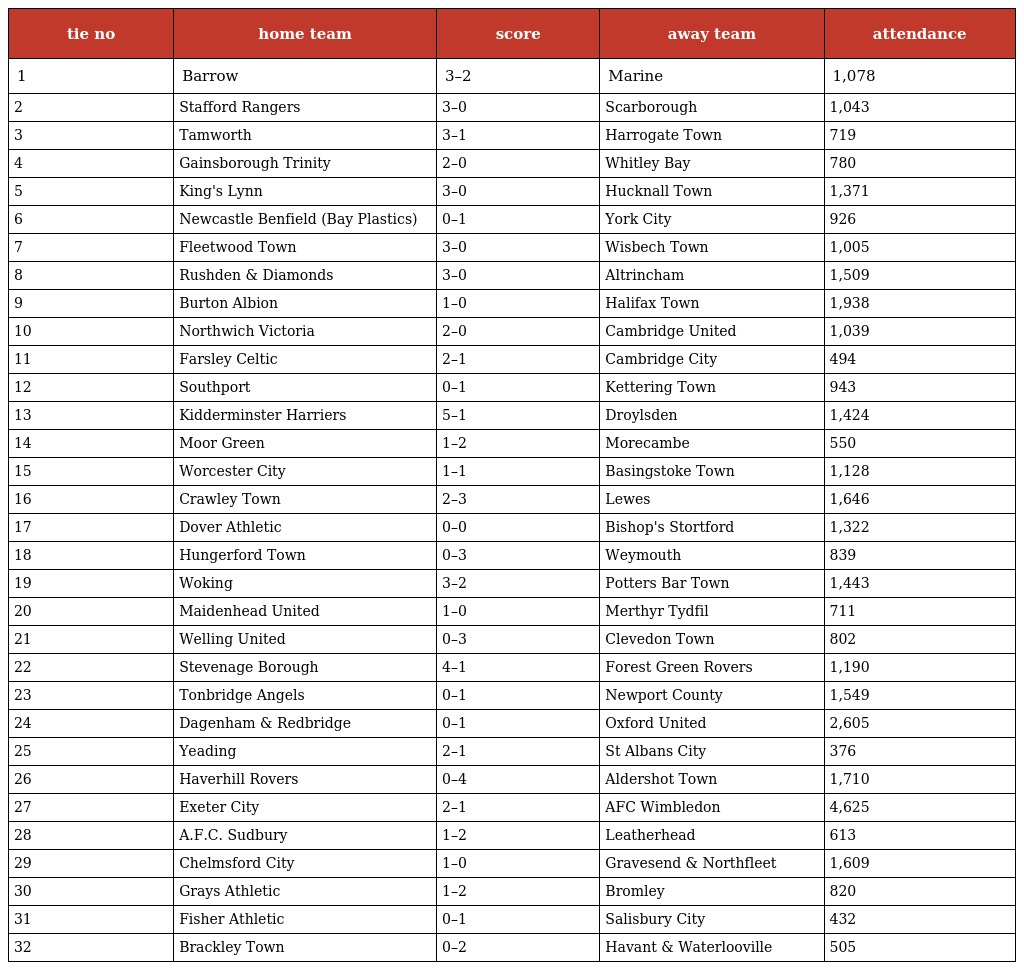
| tie no | home team | score | away team | attendance |
 | --- | --- | --- | --- | --- |
 | 1 | Barrow | 3–2 | Marine | 1,078 |
 | 2 | Stafford Rangers | 3–0 | Scarborough | 1,043 |
 | 3 | Tamworth | 3–1 | Harrogate Town | 719 |
 | 4 | Gainsborough Trinity | 2–0 | Whitley Bay | 780 |
 | 5 | King's Lynn | 3–0 | Hucknall Town | 1,371 |
 | 6 | Newcastle Benfield (Bay Plastics) | 0–1 | York City | 926 |
 | 7 | Fleetwood Town | 3–0 | Wisbech Town | 1,005 |
 | 8 | Rushden & Diamonds | 3–0 | Altrincham | 1,509 |
 | 9 | Burton Albion | 1–0 | Halifax Town | 1,938 |
 | 10 | Northwich Victoria | 2–0 | Cambridge United | 1,039 |
 | 11 | Farsley Celtic | 2–1 | Cambridge City | 494 |
 | 12 | Southport | 0–1 | Kettering Town | 943 |
 | 13 | Kidderminster Harriers | 5–1 | Droylsden | 1,424 |
 | 14 | Moor Green | 1–2 | Morecambe | 550 |
 | 15 | Worcester City | 1–1 | Basingstoke Town | 1,128 |
 | 16 | Crawley Town | 2–3 | Lewes | 1,646 |
 | 17 | Dover Athletic | 0–0 | Bishop's Stortford | 1,322 |
 | 18 | Hungerford Town | 0–3 | Weymouth | 839 |
 | 19 | Woking | 3–2 | Potters Bar Town | 1,443 |
 | 20 | Maidenhead United | 1–0 | Merthyr Tydfil | 711 |
 | 21 | Welling United | 0–3 | Clevedon Town | 802 |
 | 22 | Stevenage Borough | 4–1 | Forest Green Rovers | 1,190 |
 | 23 | Tonbridge Angels | 0–1 | Newport County | 1,549 |
 | 24 | Dagenham & Redbridge | 0–1 | Oxford United | 2,605 |
 | 25 | Yeading | 2–1 | St Albans City | 376 |
 | 26 | Haverhill Rovers | 0–4 | Aldershot Town | 1,710 |
 | 27 | Exeter City | 2–1 | AFC Wimbledon | 4,625 |
 | 28 | A.F.C. Sudbury | 1–2 | Leatherhead | 613 |
 | 29 | Chelmsford City | 1–0 | Gravesend & Northfleet | 1,609 |
 | 30 | Grays Athletic | 1–2 | Bromley | 820 |
 | 31 | Fisher Athletic | 0–1 | Salisbury City | 432 |
 | 32 | Brackley Town | 0–2 | Havant & Waterlooville | 505 |